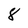
Character: 8